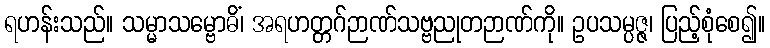
ရဟန်းသည်။ သမ္မာသမ္ဗောဓိံ၊ အရဟတ္တဂ်ဉာဏ်သဗ္ဗညုတဉာဏ်ကို။ ဥပသမ္ပဇ္ဇ၊ ပြည့်စုံစေ၍။